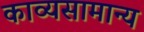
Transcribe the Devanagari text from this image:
काव्यसामान्य